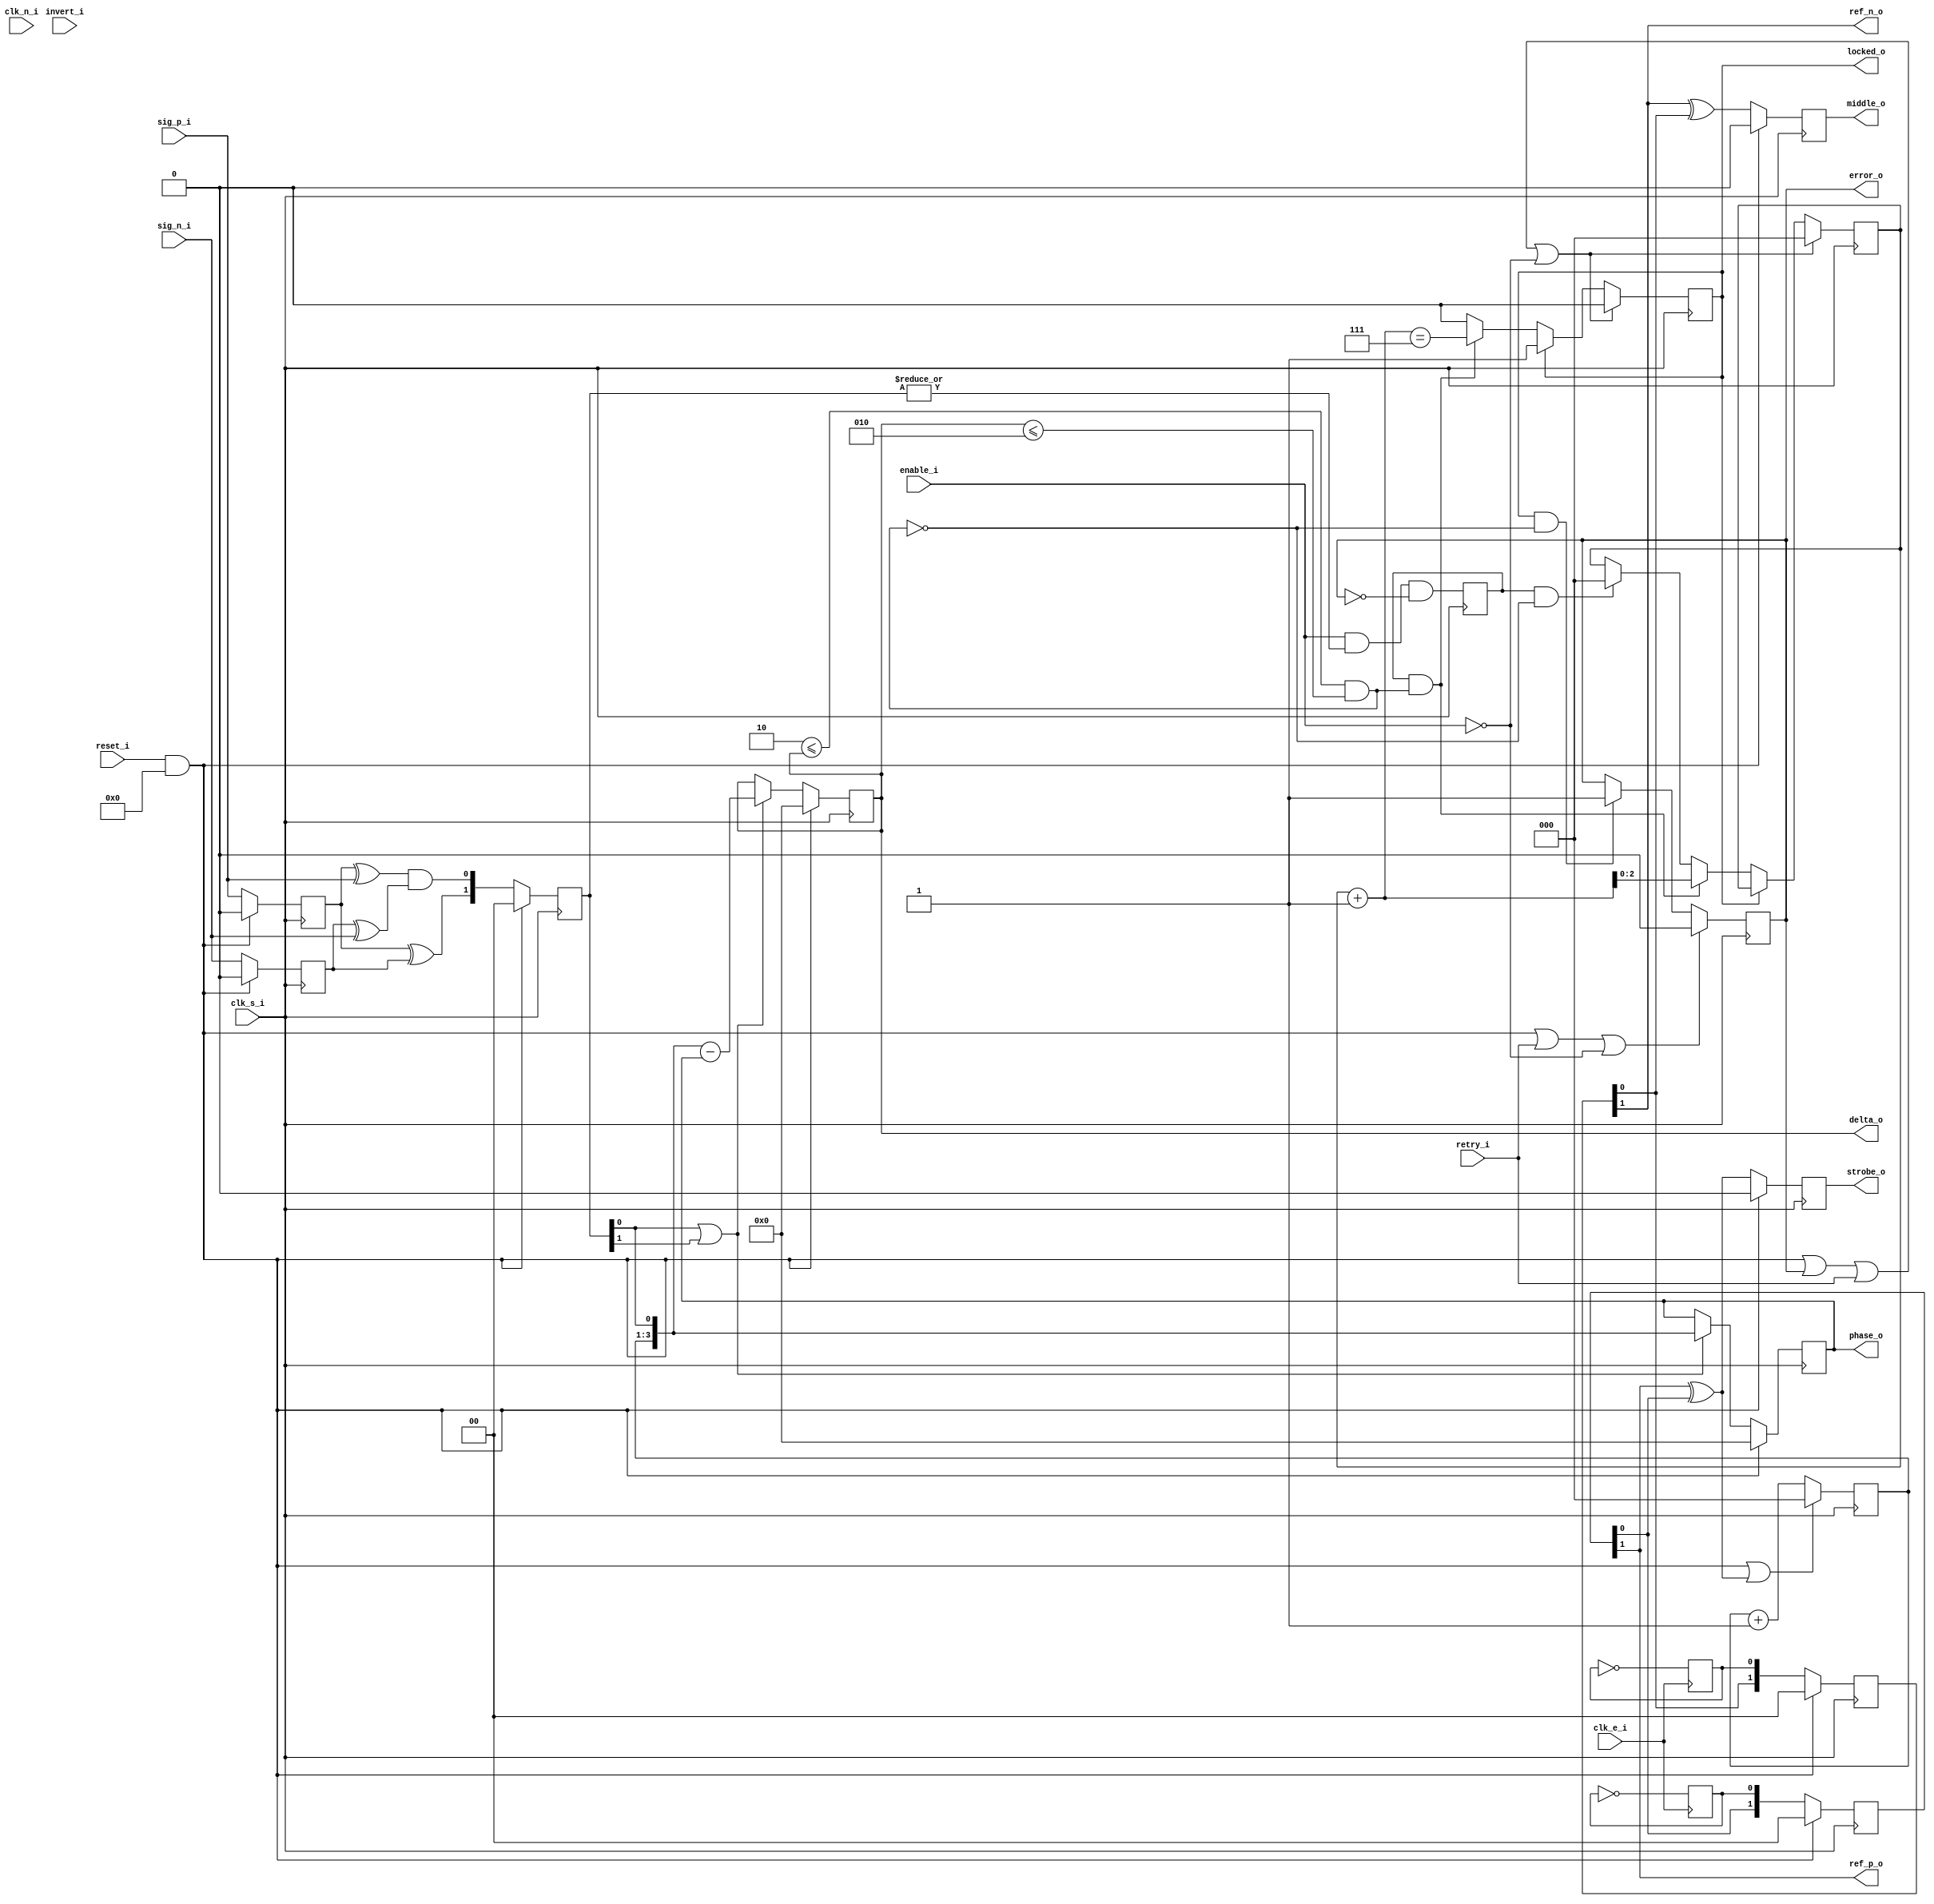
module signal_phase_DDR
  #(//  Clock ratio settings:
    parameter RATIO = 6,        // (DDR) sample-clock to external-clock ratio
    parameter RBITS = 3,        // bit-width of down-sampling counter
    parameter RSB   = RBITS-1,  // MSB of counter
    parameter RMAX  = RATIO-1,  // max clock-counter value
    parameter RZERO = 3'h0,

    //  Additional options for the reference signal:
    parameter TICKS = 2,        // clock-cycle delay of the source?
    parameter TSB   = TICKS-1,  // MSB of the delay shift-register
    parameter TSC   = TSB-1,    // MSB of the retained shift-register
    parameter POLAR = 0,        // use inverted polarity for reference?

    //  Signal-locking settings:
    parameter LIMIT = 2,        // signal valid if delta doesn't exceed this
    parameter COUNT = 7,        // number of samples for a lock
    parameter CBITS = 3,        // counter bit-width
    parameter CSB   = CBITS-1,  // MSB of counter
    parameter CZERO = 0,

    //  Additional features:
    parameter RESET = 0,        // TODO: fast-resets (0/1)?

    //  Simulation-only parameters:
    parameter NOISY = 0,        // display extra debug info (0/1)?
    parameter DELAY = 3)        // simulated combinational delay (ns)
   (
    input            clk_e_i, // external (and reference) clock
    input            clk_s_i, // half-rate (sampling) clock input
    input            clk_n_i, // inverted, half-rate (sampling) clock input
    input            reset_i, // (sample domain) reset

    input            enable_i, // (sample domain) core enable
    input            invert_i, // use negative edges for reference?
    output           strobe_o, // strobes for each new sample
    output           middle_o, // strobes mid-sample
    input            sig_p_i, // DDR signal requiring clock-recovery
    input            sig_n_i, // DDR signal requiring clock-recovery

    //  Recovered-signal info:
    output [RBITS:0] phase_o, // recovered phase
    output [RBITS:0] delta_o, // the computed error
    output           locked_o, // signal locked
    output           error_o, // lock lost
    input            retry_i, // acknowledge any invalid data

    //  Debug/info outputs:
    output           ref_p_o, // output the reference signals
    output           ref_n_o
    );


   //-------------------------------------------------------------------------
   //  Reference signals, synchronisers, and delays.
   reg               pos_e = 1'b0, neg_e = 1'b0;
   reg [TSB:0]       pos, neg;
   reg               stb_p, stb_n;
   wire              pos_w, neg_w, cycled;

   //-------------------------------------------------------------------------
   //  Input signals, synchronisers, and edge-detectors.
   (* NOMERGE = "TRUE" *)
   reg               sig_n, sig_p;
   reg [1:0]         xedge = 2'b00;
   wire              edg_0, edg_1, edg_w;

   //-------------------------------------------------------------------------
   //  Cycle-count and phase signals and registers.
   wire [RBITS:0]    cnext = cycle + 1;
   wire              cwrap = cycle == RMAX;
   reg [RSB:0]       cycle = RZERO;
   reg [RBITS:0]     phase = RZERO;
   reg signed [RBITS:0] delta;
   wire [RBITS:0]    phase_w = {cycle, xedge[0]};
   wire [RBITS:0]    delta_w = phase_w - phase;

   // TODO:
   reg               valid = 1'b0, error = 1'b0;



   //-------------------------------------------------------------------------
   //  Assignments to outputs.
   //-------------------------------------------------------------------------
   assign strobe_o = stb_p;
   assign middle_o = stb_n;
   assign phase_o  = phase;
   assign delta_o  = delta;

   assign locked_o = valid;     // TODO:
   assign error_o  = error;

   assign ref_p_o  = pos[TSB];
   assign ref_n_o  = neg[TSB];


   //-------------------------------------------------------------------------
   //  Detect the positive and negative edges of the reference signal.
   //-------------------------------------------------------------------------
   assign pos_w  = pos[TSB] ^ pos[TSC];
   assign neg_w  = neg[TSB] ^ neg[TSC];

   assign cycled = POLAR ? (pos_w && !invert_i || neg_w && invert_i) : pos_w;


   //-------------------------------------------------------------------------
   //  Source-signal edge detection.
   //-------------------------------------------------------------------------
   //  There are two (unique) possible locations for transitions, at each
   //  positive-edge of the (half-rate) sampling-clock.
   assign edg_0   = sig_p ^ sig_p_i && sig_n ^ sig_n_i;
   assign edg_1   = sig_p ^ sig_n;

   //-------------------------------------------------------------------------
   //  An edge has been found whenever any of the previous values differ from
   //  the current values.
   assign edg_w   = sig_n ^ sig_n_i;



   //-------------------------------------------------------------------------
   //
   //  ESTABLISH A REFERENCE SIGNAL.
   //
   //-------------------------------------------------------------------------
   //  Toggle a register at the external-clock rate, to simulate a signal to
   //  use as a reference for clock-recovery.
   //-------------------------------------------------------------------------
   always @(posedge clk_e_i)
     pos_e <= #DELAY ~pos_e;

   always @(negedge clk_e_i)
     neg_e <= #DELAY ~neg_e;

   //-------------------------------------------------------------------------
   //  And synchronise (plus delay) the reference signal.
   always @(posedge clk_s_i)
     if (reset_i && RESET) begin
        pos <= #DELAY {TICKS{1'b0}};
        neg <= #DELAY {TICKS{1'b0}};
     end
     else begin
        pos <= #DELAY {pos[TSC:0], pos_e};
        neg <= #DELAY {neg[TSC:0], neg_e};
     end

   //-------------------------------------------------------------------------
   //  Strobe at each new edge.
   always @(posedge clk_s_i)
     if (reset_i && RESET)
       {xedge, stb_n, stb_p} <= #DELAY 4'h0;
     else begin
        stb_p <= #DELAY pos_w;
        stb_n <= #DELAY neg_w;
        xedge <= #DELAY {edg_1, edg_0};
     end



   //-------------------------------------------------------------------------
   //
   //  COMPUTE THE RELATIVE PHASES.
   //
   //-------------------------------------------------------------------------
   //  Register the current inputs, for future edge comparisons.
   //-------------------------------------------------------------------------
   always @(posedge clk_s_i)
     if (reset_i && RESET) begin
        sig_p <= #DELAY 1'b0;
        sig_n <= #DELAY 1'b0;
     end
     else begin
        sig_p <= #DELAY sig_p_i;
        sig_n <= #DELAY sig_n_i;
     end


   //-------------------------------------------------------------------------
   //  Count the cycles/periods since the signal-clock positive-edge.
   //-------------------------------------------------------------------------
   //  NOTE: This is used to compute the relative phases, of the signal-clock
   //    vs the clock of the input-signal.
   always @(posedge clk_s_i)
     if (reset_i && RESET || cycled)
       cycle <= #DELAY RZERO;
     else
       cycle <= #DELAY cnext[RSB:0];

   //-------------------------------------------------------------------------
   //  After every positive (negative) edge of the external (XTAL) clock,
   //  count the number of fast-clock transitions until an edge is found.
   //  Once found, compute the new relative phase, and the difference vs. the
   //  previous phase value.
   always @(posedge clk_s_i)
     if (reset_i && RESET) begin
        phase <= #DELAY RZERO;
        delta <= #DELAY RZERO;
     end
     else if (xedge[0] || xedge[1]) begin
        phase <= #DELAY phase_w;
        delta <= #DELAY delta_w;
     end



   //-------------------------------------------------------------------------
   //
   //  SIGNAL LOCKING.
   //
   //-------------------------------------------------------------------------
   wire [CBITS:0] lnext;
   wire           lwrap, llost, bound;
   reg [CSB:0]    count = CZERO;
   reg            ledge = 1'b0;


   assign lnext = count + 1;
   assign lwrap = lnext == COUNT[CBITS:0];
   assign llost = valid && (delta < -LIMIT || delta > LIMIT);
   assign bound = -LIMIT <= delta && delta <= LIMIT;


   //-------------------------------------------------------------------------
   //  Detect valid edges.
   always @(posedge clk_s_i)
     ledge <= #DELAY enable_i && (|xedge) && !error;

   //-------------------------------------------------------------------------
   //  Detect out-of-bounds errors.
   always @(posedge clk_s_i)
     if (reset_i && RESET || retry_i || !enable_i)
       error <= #DELAY 1'b0;
     else if (valid && !bound)
       error <= #DELAY 1'b1;


   //-------------------------------------------------------------------------
   //  Consider the signal locked if the delta stays within some predefined
   //  bounds.
   //-------------------------------------------------------------------------
   always @(posedge clk_s_i)
     if (reset_i && RESET || error || retry_i || !enable_i) begin
        valid <= #DELAY 1'b0;
        count <= #DELAY CZERO;
     end
     else if (valid) begin
        valid <= #DELAY valid;
        count <= #DELAY count;
     end
     else if (ledge &&  bound) begin
        valid <= #DELAY lwrap;
        count <= #DELAY lnext;
     end
     else if (ledge && !bound) begin
        valid <= #DELAY 1'b0;
        count <= #DELAY CZERO;
     end



endmodule